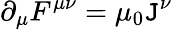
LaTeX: \partial_{\mu}F^{\mu\nu}=\mu_{0}\mathtt{J}^{\nu}